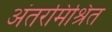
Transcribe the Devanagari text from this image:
अंतरमिश्रित